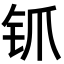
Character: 𬬲